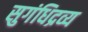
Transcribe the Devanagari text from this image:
सुगंधिद्रव्य